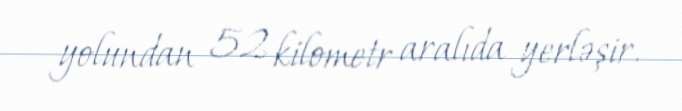
yolundan 52 kilometr aralıda yerləşir.